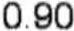
0.90